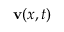
\mathbf { v } ( { \boldsymbol { x } } , t )